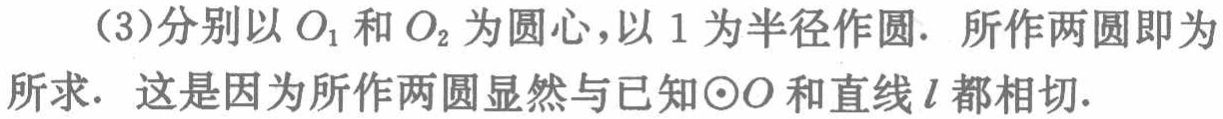
（3）分别以 \(O_{1}\) 和 \(O_{2}\) 为圆心，以 \(1\) 为半径作圆. 所作两圆即为所求. 这是因为所作两圆显然与已知 \(\odot O\) 和直线 \(l\) 都相切.